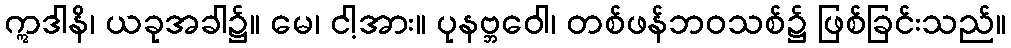
ဣဒါနိ၊ ယခုအခါ၌။ မေ၊ ငါ့အား။ ပုနဗ္ဘဝေါ၊ တစ်ဖန်ဘဝသစ်၌ ဖြစ်ခြင်းသည်။